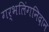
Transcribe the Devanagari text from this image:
गर्भलिंगनिदान